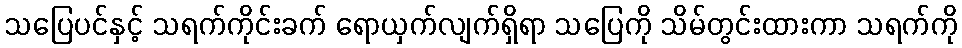
သပြေပင်နှင့် သရက်ကိုင်းခက် ရောယှက်လျက်ရှိရာ သပြေကို သိမ်တွင်းထားကာ သရက်ကို